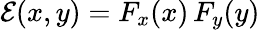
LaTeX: \mathcal{E}(x,y)=F_{x}(x)\, F_{y}(y)